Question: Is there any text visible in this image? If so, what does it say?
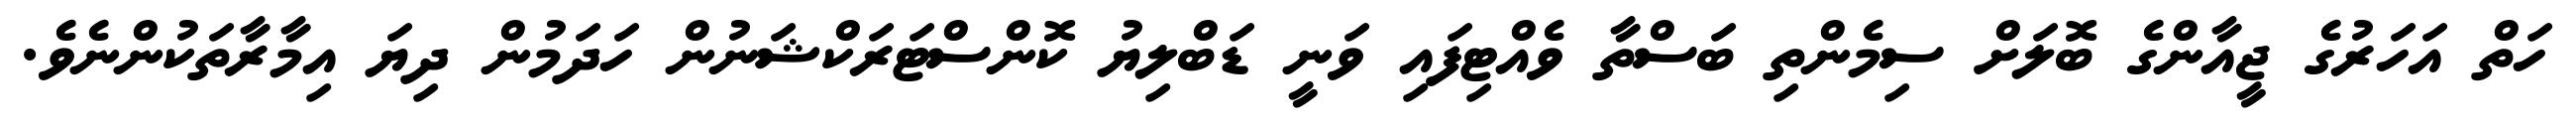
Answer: ހަތް އަހަރުގެ ޖީއާންގެ ބޮލަށް ސިމެންތި ބަސްތާ ވެއްޓިފައި ވަނީ ޑަބްލިޔު ކޮންސްޓަރަކްޝަނުން ހަދަމުން ދިޔަ އިމާރާތަކުންނެވެ.